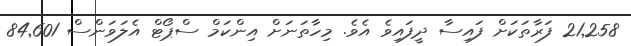
21